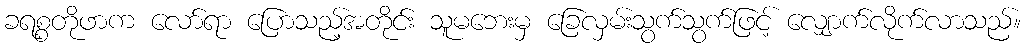
ခရစ္စတိုဖာက လော်ရာ ပြောသည့်အတိုင်း သူမဘေးမှ ခြေလှမ်းသွက်သွက်ဖြင့် လျှောက်လိုက်လာသည်။